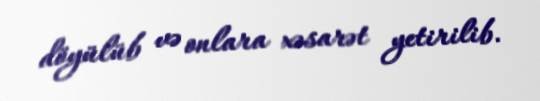
döyülüb və onlara xəsarət yetirilib.